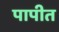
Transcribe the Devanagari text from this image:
पापीत